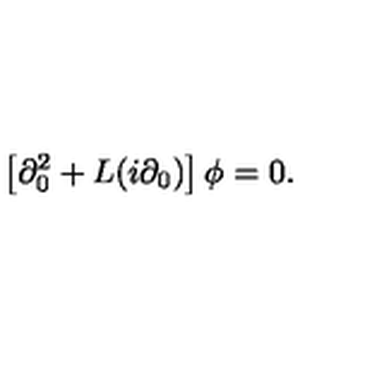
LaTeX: \left[ \partial _ { 0 } ^ { 2 } + L ( i \partial _ { 0 } ) \right] \phi = 0 .